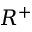
R ^ { + }